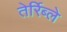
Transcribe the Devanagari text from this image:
तेर्रिब्ले